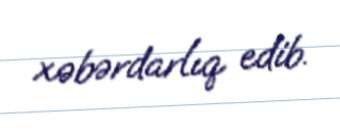
xəbərdarlıq edib.